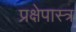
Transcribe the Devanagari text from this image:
प्रक्षेपास्‍त्र